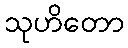
သုဟိတော